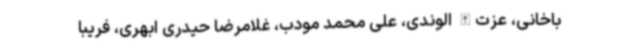
باخانی، عزت‌الله الوندی، علی محمد مودب، غلامرضا حیدری ابهری، فریبا